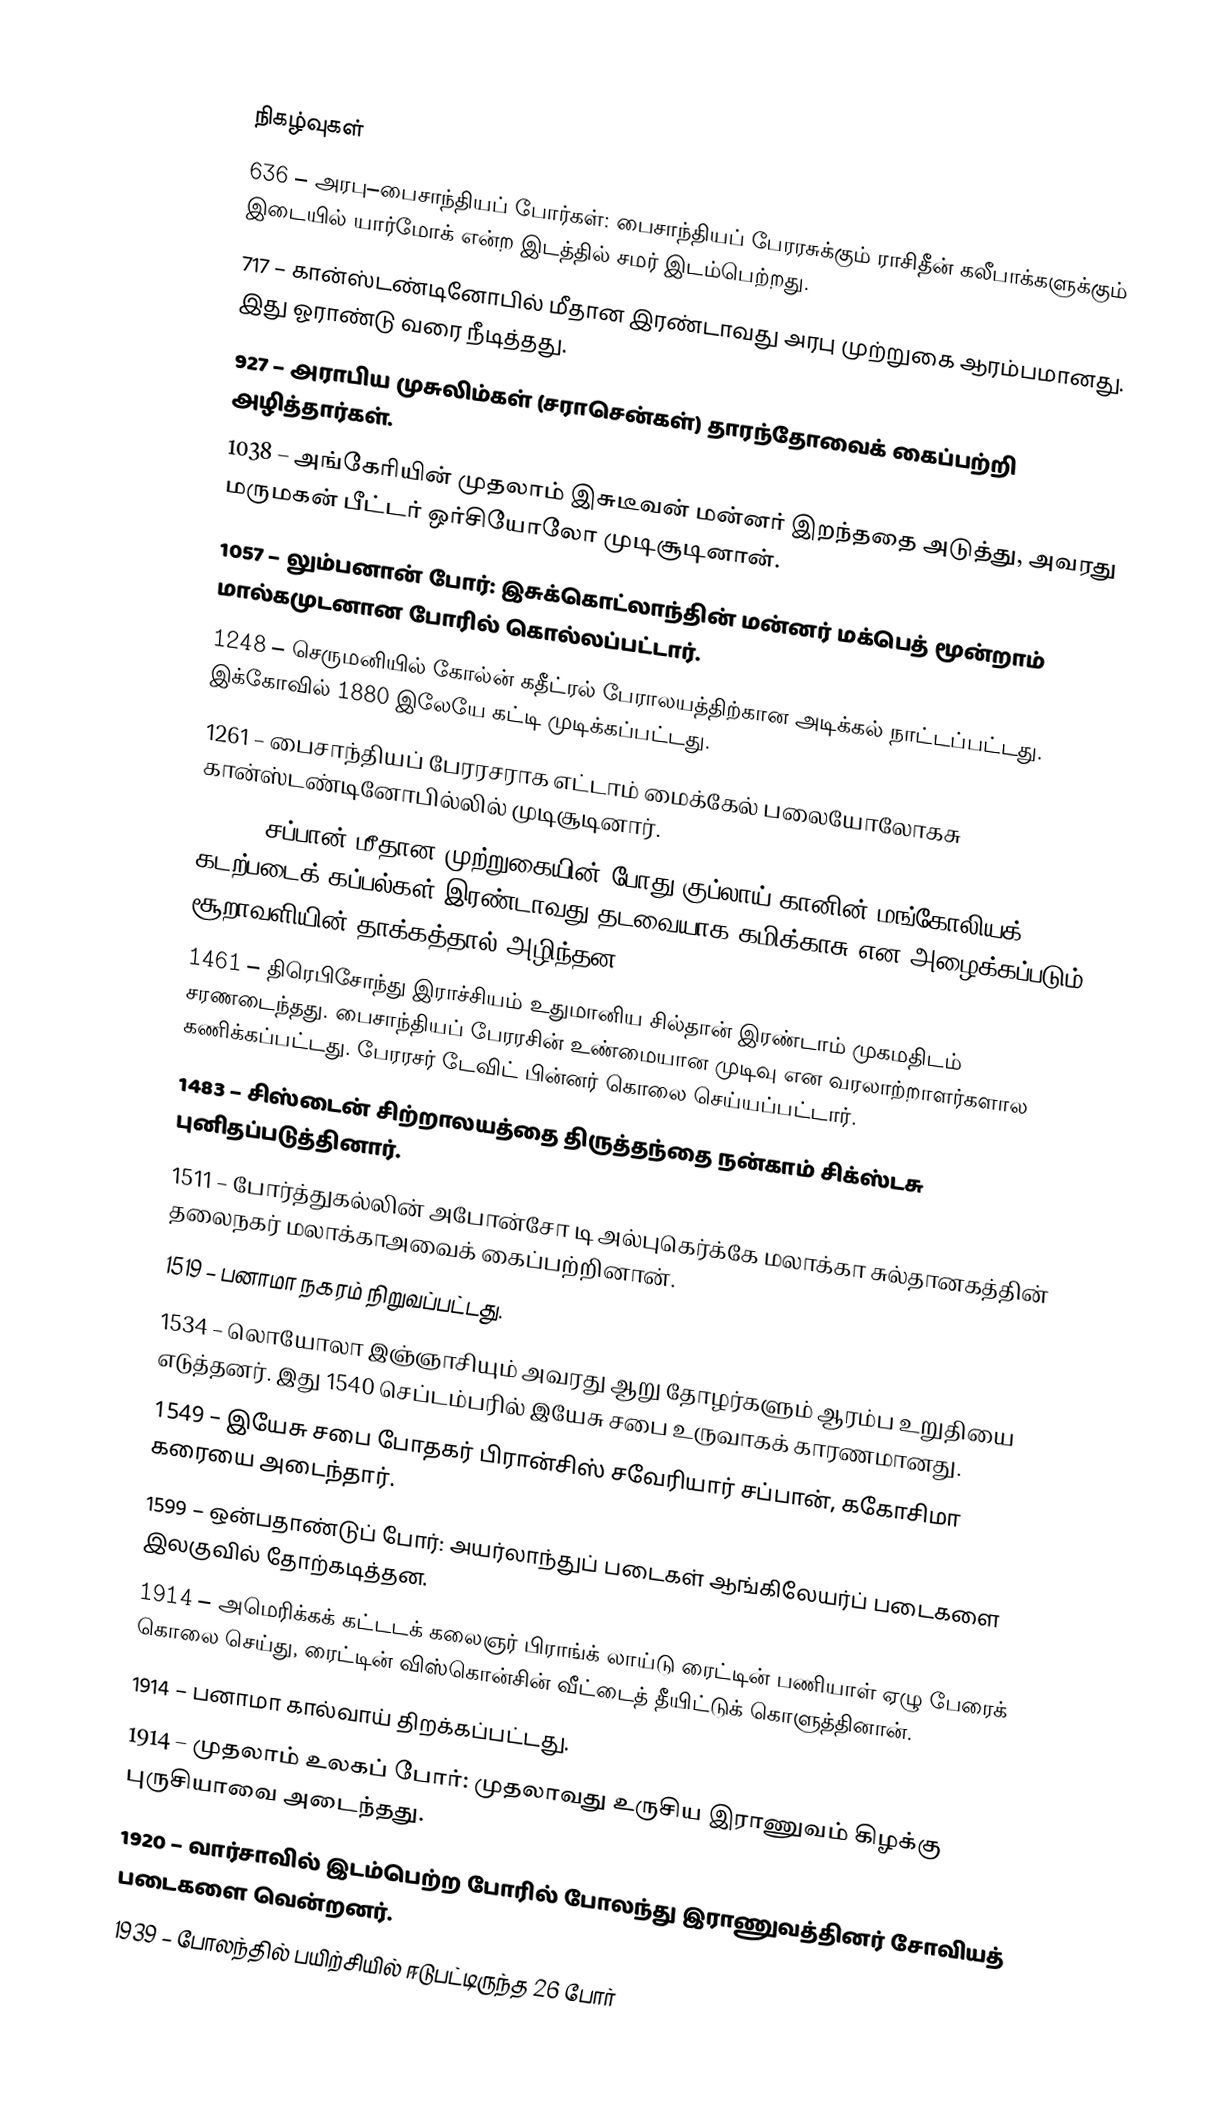

நிகழ்வுகள்
636 – அரபு–பைசாந்தியப் போர்கள்: பைசாந்தியப் பேரரசுக்கும் ராசிதீன் கலீபாக்களுக்கும் இடையில் யார்மோக் என்ற இடத்தில் சமர் இடம்பெற்றது.
717 – கான்ஸ்டண்டினோபில் மீதான இரண்டாவது அரபு முற்றுகை ஆரம்பமானது. இது ஓராண்டு வரை நீடித்தது.
927 – அராபிய முசுலிம்கள் (சராசென்கள்) தாரந்தோவைக் கைப்பற்றி அழித்தார்கள்.
1038 – அங்கேரியின் முதலாம் இசுடீவன் மன்னர் இறந்ததை அடுத்து, அவரது மருமகன் பீட்டர் ஒர்சியோலோ முடிசூடினான்.
1057 – லும்பனான் போர்: இசுக்கொட்லாந்தின் மன்னர் மக்பெத் மூன்றாம் மால்கமுடனான போரில் கொல்லப்பட்டார்.
1248 – செருமனியில் கோல்ன் கதீட்ரல் பேராலயத்திற்கான அடிக்கல் நாட்டப்பட்டது. இக்கோவில் 1880 இலேயே கட்டி முடிக்கப்பட்டது.
1261 – பைசாந்தியப் பேரரசராக எட்டாம் மைக்கேல் பலையோலோகசு கான்ஸ்டண்டினோபில்லில் முடிசூடினார்.
1281 – சப்பான் மீதான முற்றுகையின் போது குப்லாய் கானின் மங்கோலியக் கடற்படைக் கப்பல்கள் இரண்டாவது தடவையாக கமிக்காசு என அழைக்கப்படும் சூறாவளியின் தாக்கத்தால் அழிந்தன.
1461 – திரெபிசோந்து இராச்சியம் உதுமானிய சில்தான் இரண்டாம் முகமதிடம் சரணடைந்தது. பைசாந்தியப் பேரரசின் உண்மையான முடிவு என வரலாற்றாளர்களால கணிக்கப்பட்டது. பேரரசர் டேவிட் பின்னர் கொலை செய்யப்பட்டார்.
1483 – சிஸ்டைன் சிற்றாலயத்தை திருத்தந்தை நன்காம் சிக்ஸ்டசு புனிதப்படுத்தினார்.
1511 – போர்த்துகல்லின் அபோன்சோ டி அல்புகெர்க்கே மலாக்கா சுல்தானகத்தின் தலைநகர் மலாக்காஅவைக் கைப்பற்றினான்.
1519 – பனாமா நகரம் நிறுவப்பட்டது.
1534 – லொயோலா இஞ்ஞாசியும் அவரது ஆறு தோழர்களும் ஆரம்ப உறுதியை எடுத்தனர். இது 1540 செப்டம்பரில் இயேசு சபை உருவாகக் காரணமானது.
1549 – இயேசு சபை போதகர் பிரான்சிஸ் சவேரியார் சப்பான், ககோசிமா கரையை அடைந்தார்.
1599 – ஒன்பதாண்டுப் போர்: அயர்லாந்துப் படைகள் ஆங்கிலேயர்ப் படைகளை இலகுவில் தோற்கடித்தன.
1914 – அமெரிக்கக் கட்டடக் கலைஞர் பிராங்க் லாய்டு ரைட்டின் பணியாள் ஏழு பேரைக் கொலை செய்து, ரைட்டின் விஸ்கொன்சின் வீட்டைத் தீயிட்டுக் கொளுத்தினான்.
1914 – பனாமா கால்வாய் திறக்கப்பட்டது.
1914 – முதலாம் உலகப் போர்: முதலாவது உருசிய இராணுவம் கிழக்கு புருசியாவை அடைந்தது.
1920 – வார்சாவில் இடம்பெற்ற போரில் போலந்து இராணுவத்தினர் சோவியத் படைகளை வென்றனர்.
1939 – போலந்தில் பயிற்சியில் ஈடுபட்டிருந்த 26 போர்